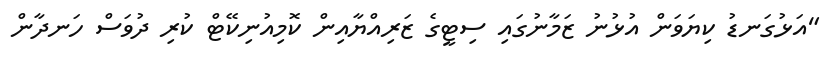
"އަޅުގަނޑު ކިޔަވަން އުޅުނު ޒަމާނުގައި ސިޓީގެ ޒަރިއްޔާއިން ކޮމިއުނިކޭޓް ކުރި ދުވަސް ހަނދާން